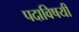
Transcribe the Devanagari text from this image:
पदाविषयी